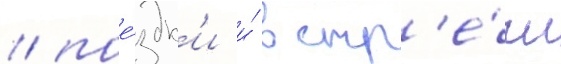
/ пое́здк'и и́ встр'е́чи